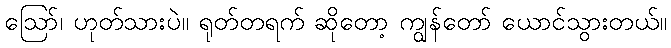
ဩော်၊ ဟုတ်သားပဲ။ ရုတ်တရက် ဆိုတော့ ကျွန်တော် ယောင်သွားတယ်။